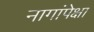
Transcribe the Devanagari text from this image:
नागांपेक्षा